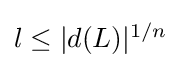
{\textstyle l\leq |d(L)|^{1/n}}